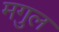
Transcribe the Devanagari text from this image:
मगुल